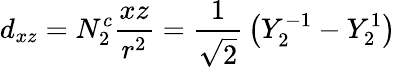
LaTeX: d_{xz}=N_{2}^{c}{\frac{xz}{r^{2}}}={\frac{1}{\sqrt{2}}}\left(Y_{2}^{-1}-Y_{2}^{1}\right)